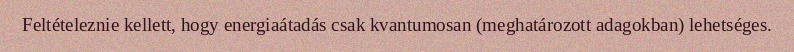
Feltételeznie kellett, hogy energiaátadás csak kvantumosan (meghatározott adagokban) lehetséges.